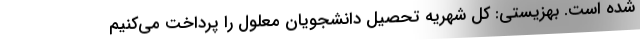
شده است. بهزیستی: کل شهریه تحصیل دانشجویان معلول را پرداخت می‌کنیم